Report on sanitation, dispensaries, and jails in Rajputana for 1915, and on vaccination for the year 1915-1916 - 1915-1916
Year: 1915
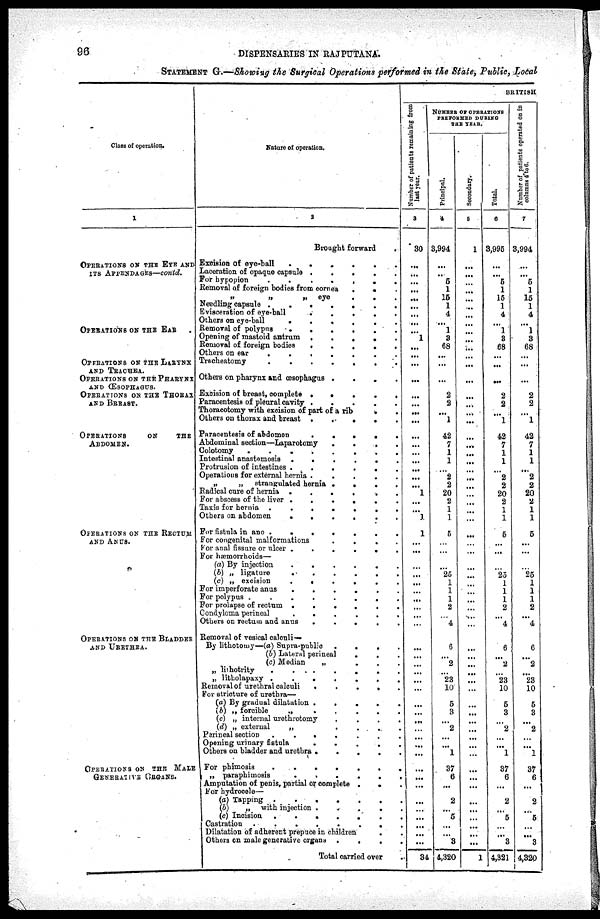
96
DISPENSARIES IN RAJPUTANA
STATEMENT G.—Showing the Surgical Operations performed in the State, Public, Local
Class of operations
1
OPERATIONS ON THE EYE AND
ITS APPENDAGES—contd.
OPERATIONS ON THE EAR .
OPERATIONS ON THE LARYNX
AND TRACHEA.
OPERATIONS ON THE PHARYNX
AND ŒSOPHAGUS.
OPERATIONS ON THE THORAX
AND BREAST.
OPERATIONS
ON
THE
ABDOMEN.
OPERATIONS ON THE RECTUMAND ANUS.
OPERATIONS ON THE BLADDER
AND URETHRA.
OPERATIONS ON THE MALE
GENERATIVE ORGANS.
Nature of operation.
2
Brought forward
.
Excision of eye-ball
......
Laceration of opaque capsule
.....
For hypopion
.......
Removal of foreign bodies from cornea
...
„
„
„
eye
.
.
.
Needling capsule
.......
Evisceration of eye-ball
.
.
.
.
.
Others on eye-ball
......
Removal of polypus
......
Opening of mastoid antrum
.
.
.
.
.
Removal of foreign bodies
.
.
.
.
.
Others on ear
.......
Trscheatomy
.......
Others on pharynx and œsophagus
.
.
.
.
Excision of breast, complete .
.
.
.
.
Paracentesis of pleural cavity .
.
.
.
.
Thoracotomy with excision of part of a rib
.
Others on thorax and breast
.
.
.
.
Paracentesis of abdomen
.
.
.
.
.
Abdominal section—Laparotomy .
.
.
.
Colotomy
........
Intestinal anastomosis
......
Protrusion of intestines
......
Operations for external hernia .
.
.
.
.
„
„
strangulated hernia
.
.
.
.
Radical cure of hernia
.
.
.
.
.
For abscess of the liver
......
Taxis for hernia
.......
Others on abdomen
......
For fistula in ano
.......
For congenital malformations
.
.
.
.
For anal fissure or ulcer
......
For hæmorrhoids—
(a) By injection
......
(b) „ ligature
......
(c) „ excision
......
For imperforate anus
......
For polypus
........
For prolapse of rectum
......
Condyloma perineal
.
.
.
.
.
.
Others on rectum and anus
.
.
.
.
.
Removal of vesical calculi
By lithotomy—(a) Supra-public
.
.
.
.
(b) Lateral perineal
...
(c) Median
„
.
.
.
„ lithotrity
.......
„ litholapaxy
.......
Removal of urethral calculi .
.
.
.
.
For stricture of urethra—
(a) By gradual dilatation .
.
.
.
.
(b) „ forcible
„
.
.
.
.
.
(c) „ internal urethrotomy
.
.
.
.
(d) „ external
„
.
.
.
.
Perineal section
.......
Opening urinary
fistula
.
.
.
.
.
Others on bladder and urethra
.....
For phimosis
.......
„ paraphimosis
......
Amputation of penis, partial or complete
.
.
For hydrocele—
(a) Tapping .
(b)
„ with injection .
.
.
.
.
(c) Incision
.......
Castration
........
Dilatation of adherent prepuce in children
.
.
Others on male generative organs
.
.
.
.
Total carried over .
BRITISH
Number of patients remaining from
last year.
3
30
...
...
...
...
...
...
...
...
...
1
...
...
...
...
...
...
...
...
...
...
...
...
...
...
...
1
...
...
1
1
...
...
...
...
...
...
...
...
...
...
...
...
...
...
...
...
...
...
...
...
...
...
...
...
...
...
...
...
...
...
...
...
34
NUMBER OF OPERATIONS
PERFORMED DURING
THE YEAR.
Principal.
4
3,994
...
...
5
1
15
1
4
...
1
3
68
...
...
...
2
2
...
1
42
7
1
1
...
2
2
20
2
1
1
5
...
...
...
25
1
1
1
2
...
4
6
...
2
...
23
10
5
3
...
2
...
...
1
37
6
...
2
...
5
...
...
3
4,320
Secondary.
5
1
...
...
...
...
...
...
...
...
...
...
...
...
...
...
...
...
...
...
...
...
...
...
...
...
...
...
...
...
...
...
...
...
...
...
...
...
...
...
...
...
...
...
...
...
...
...
...
...
...
...
...
...
...
...
...
...
...
...
...
...
...
...
1
Total.
6
3,995
...
...
5
1
15
1
4
...
1
3
68
...
...
...
2
2
...
1
42
7
1
1
...
2
2
20
2
1
1
5
...
...
...
25
1
1
1
2
...
4
6
...
2
...
23
10
5
3
...
2
...
...
1
37
6
...
2
...
5
...
...
3
4,321
Number of patients operated on in
columns 4 to 6.
7
3,994
...
...
5
1
15
1
4
...
1
3
68
...
...
...
2
2
...
1
42
7
1
1
...
2
2
20
2
1
1
5
...
...
...
25
1
1
1
2
...
4
6
...
2
...
23
10
5
3
...
2
...
...
1
37
6
...
2
...
5
...
...
3
4,320